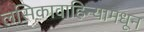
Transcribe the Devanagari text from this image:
लसिकावाहिन्यामधून